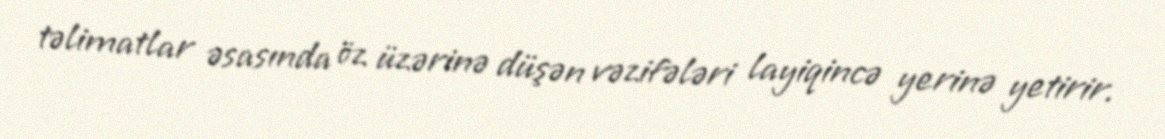
təlimatlar əsasında öz üzərinə düşən vəzifələri layiqincə yerinə yetirir.